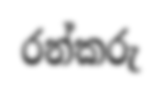
රන්කරු